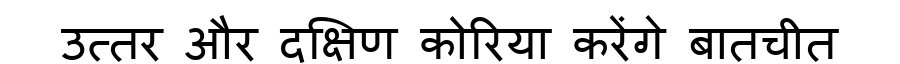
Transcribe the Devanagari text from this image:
उत्तर और दक्षिण कोरिया करेंगे बातचीत